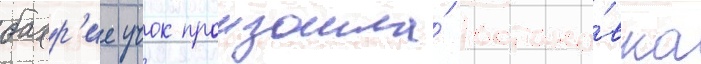
бахр'ие учок произошла́ остано́вка